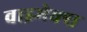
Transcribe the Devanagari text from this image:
वाइमेक्स